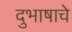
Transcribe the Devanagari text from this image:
दुभाषाचे